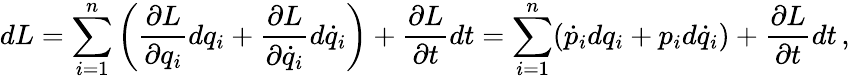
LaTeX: dL=\sum_{i=1}^{n}\left({\frac{\partial L}{\partial q_{i}}}dq_{i}+{\frac{\partial L}{\partial{\dot{q}}_{i}}}d{\dot{q}}_{i}\right)+{\frac{\partial L}{\partial t}}dt=\sum_{i=1}^{n}({\dot{p}}_{i}dq_{i}+p_{i}d{\dot{q}}_{i})+{\frac{\partial L}{\partial t}}dt\, ,